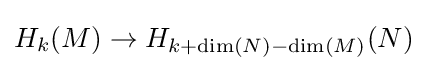
H_{k}(M)\to H_{k+\dim(N)-\dim(M)}(N)